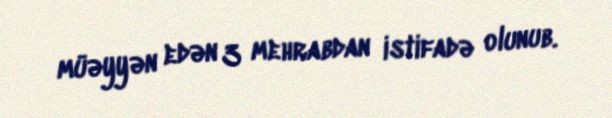
müəyyən edən 3 mehrabdan istifadə olunub.